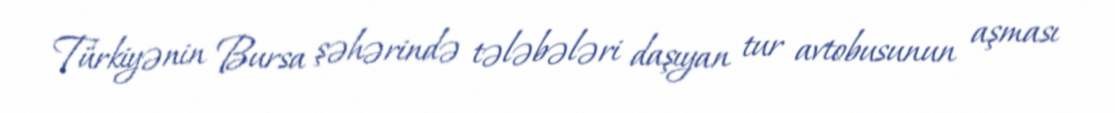
Türkiyənin Bursa şəhərində tələbələri daşıyan tur avtobusunun aşması